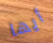
أيها